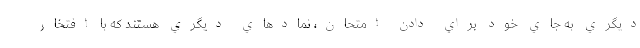
ديگري به جاي خود براي دادن امتحان، نمادهاي ديگري هستند كه با افتخار